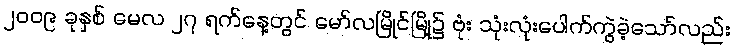
၂၀၀၉ ခုနှစ် မေလ ၂၇ ရက်နေ့တွင် မော်လမြိုင်မြို့၌ ဗုံး သုံးလုံးပေါက်ကွဲခဲ့သော်လည်း